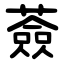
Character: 薟